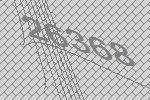
26368